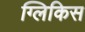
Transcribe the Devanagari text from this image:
ग्लिकिस